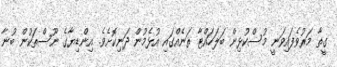
ގީތާ މަރުވެފައިވަނީ މުސްކުޅިން ބަލަހައްޓާ ތަނެއްގައި އުޅެމުން ދަނިކޮށެވެ. އިންޑިޔާގެ ނޫސްތަކުން ބުނާ